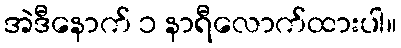
အဲဒီနောက် ၁ နာရီလောက်ထားပါ။